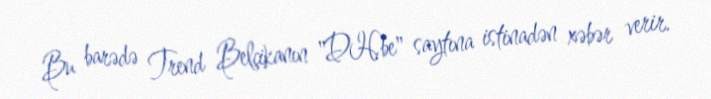
Bu barədə Trend Belçikanın "DH.be" saytına istinadən xəbər verir.